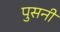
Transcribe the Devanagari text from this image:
पुसनी